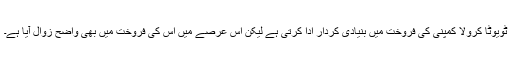
ٹویوٹا کرولا کمپنی کی فروخت میں بنیادی کردار ادا کرتی ہے لیکن اس عرصے میں اس کی فروخت میں بھی واضح زوال آیا ہے۔